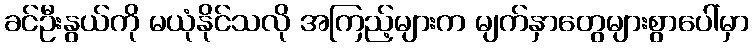
ခင်ဦးနွယ်ကို မယုံနိုင်သလို အကြည့်များက မျက်နှာတွေများစွာပေါ်မှာ